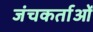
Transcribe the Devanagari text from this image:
जंचकर्ताओं